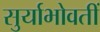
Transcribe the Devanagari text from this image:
सुर्याभोवतीं